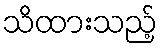
သိထားသည့်